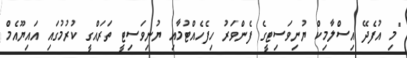
"މި އުފެދޭ އިސްލާމިކް ޔުނިވަސިޓީގެ ފެންވަރު ހިފެހެއްޓުމާއި ޔުނިވަސިޓީ ތަރައްގީ ކުރުުމުގައި އައިޔޫއެމް